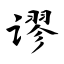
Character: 谬